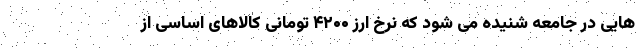
هایی در جامعه شنیده می شود که نرخ ارز ۴۲۰۰ تومانی کالاهای اساسی از